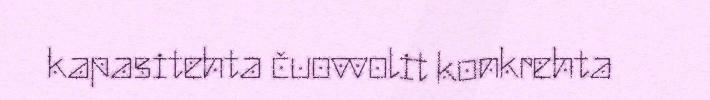
kapasitehta čuovvolit konkrehta